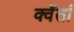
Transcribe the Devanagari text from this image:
क्वेंतां